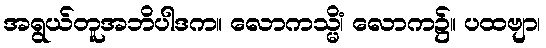
အရွယ်တူအဘိပါဒက။ လောကသ္မိံ၊ လောက၌။ ပထဗျာ၊